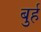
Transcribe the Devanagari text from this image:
बुर्ह